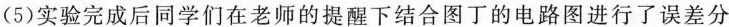
(5)实验完成后同学们在老师的提醒下结合图丁的电路图进行了误差分